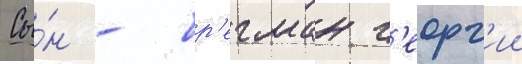
Сы́н - бр'егман г'еорг'ии